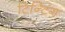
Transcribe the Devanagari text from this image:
टिन्टिंग